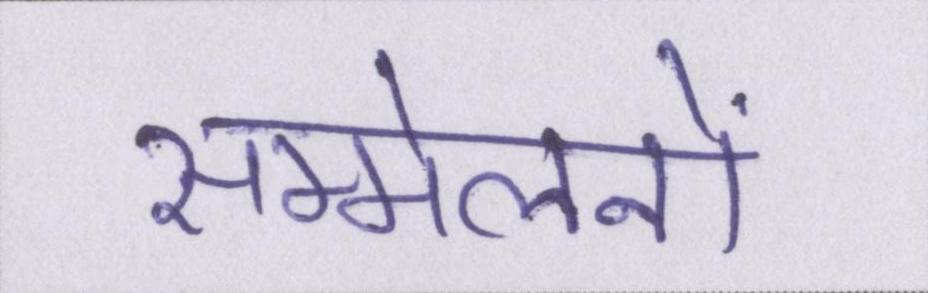
सम्मेलनों